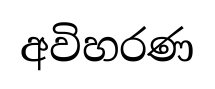
අවිහරණ